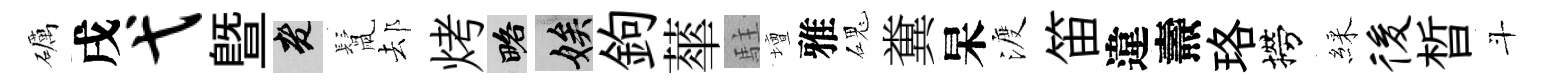
礪戌弋暨老鬛𨚫烤略娭鉤蕐駐壇雅磈糞杲渡笛違燾珞撈綵後晳斗